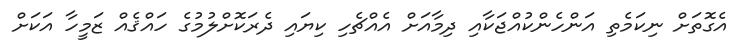
އެގޮތަށް ނިކަމެތި އަންހެންކުއްޖަކާއި ދިމާއަށް އެއްޗެހި ކިޔައި ދެރަކޮށްލުމުގެ ހައްޤެއް ޒަމީހާ އަކަށް